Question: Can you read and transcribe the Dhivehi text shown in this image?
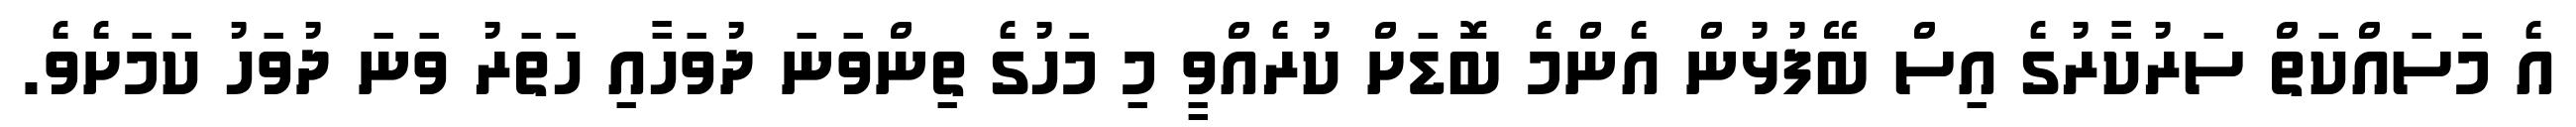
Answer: އެ މަސައްކަތް ސަރުކާރުގެ އިސް ބޭފުޅުން އެންމެ ބޮޑަށް ކުރެއްވީ މި މަހުގެ ތިންވަނަ ދުވަހާއި ހަތަރު ވަނަ ދުވަހު ކަމަށެވެ.